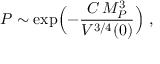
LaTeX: P \sim \exp \Bigl ( - { \frac { C \, M _ { P } ^ { 3 } } { V ^ { 3 / 4 } ( 0 ) } } \Bigr ) \ ,